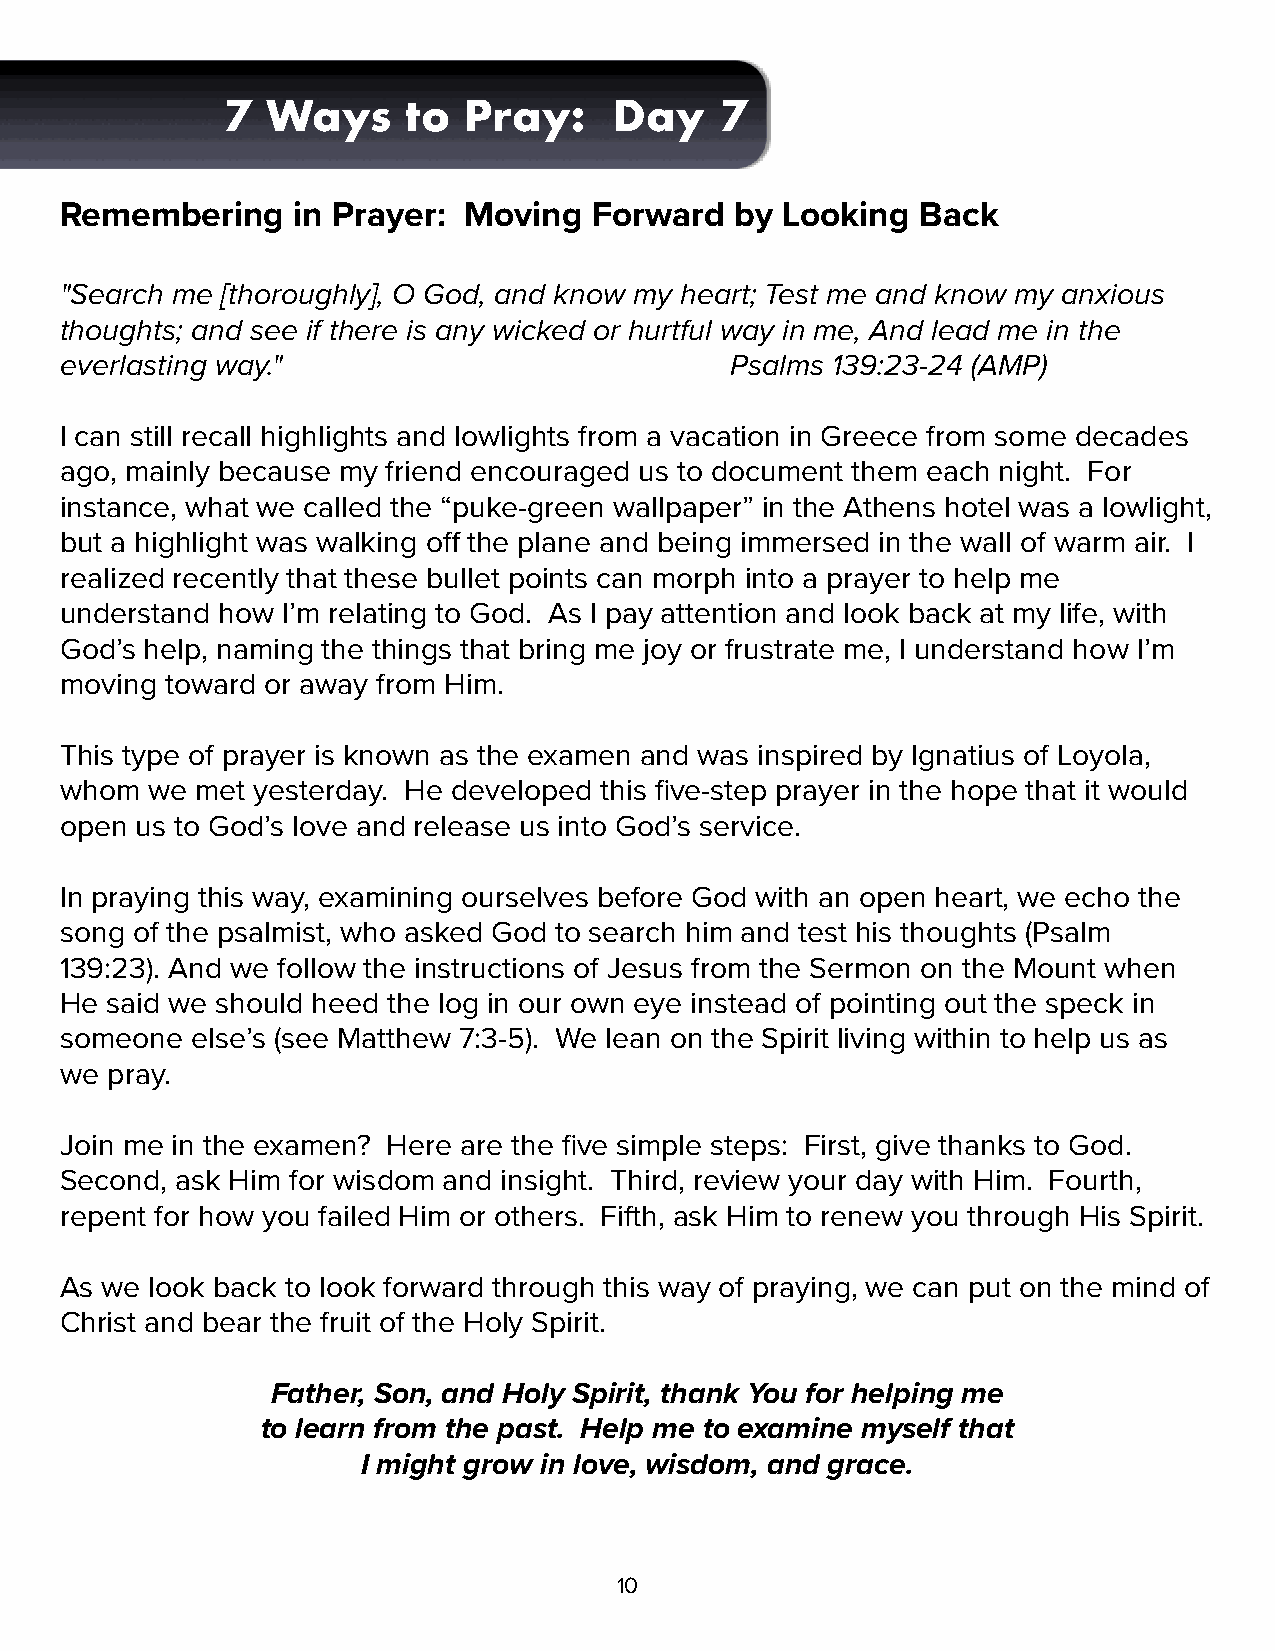
7  Ways     to  Pray:     Day    7
 Remembering    in Prayer:  Moving  Forward   by Looking  Back
 "Search me [thoroughly], O God, and know my heart; Test me and know my anxious
 thoughts; and see if there is any wicked or hurtful way in me, And lead me in the
 everlasting way."                           Psalms 139:23-24 (AMP)
 I can still recall highlights and lowlights from a vacation in Greece from some decades
 ago, mainly because my friend encouraged us to document them each night. For
 instance, what we called the “puke-green wallpaper” in the Athens hotel was a lowlight,
 but a highlight was walking off the plane and being immersed in the wall of warm air. I
 realized recently that these bullet points can morph into a prayer to help me
 understand how I’m relating to God. As I pay attention and look back at my life, with
 God’s help, naming the things that bring me joy or frustrate me, I understand how I’m
 moving toward or away from Him.
 This type of prayer is known as the examen and was inspired by Ignatius of Loyola,
 whom  we met yesterday. He developed this five-step prayer in the hope that it would
 open us to God’s love and release us into God’s service.
 In praying this way, examining ourselves before God with an open heart, we echo the
 song of the psalmist, who asked God to search him and test his thoughts (Psalm
 139:23). And we follow the instructions of Jesus from the Sermon on the Mount when
 He said we should heed the log in our own eye instead of pointing out the speck in
 someone  else’s (see Matthew 7:3-5). We lean on the Spirit living within to help us as
 we pray.
 Join me in the examen? Here are the five simple steps: First, give thanks to God.
 Second, ask Him for wisdom and insight. Third, review your day with Him. Fourth,
 repent for how you failed Him or others. Fifth, ask Him to renew you through His Spirit.
 As we look back to look forward through this way of praying, we can put on the mind of
 Christ and bear the fruit of the Holy Spirit.
 Father, Son, and Holy Spirit, thank You for helping me
 to learn from the past. Help me to examine myself that
 I might grow in love, wisdom, and grace.
 10